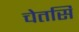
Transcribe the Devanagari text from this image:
चेतसि